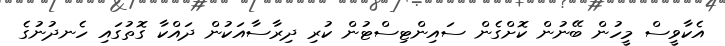
އެކާވީސް މީހުން ބޭނުން ކޮށްގެން ސައިންޓިސްޓުން ކުރި ދިރާސާއަކުން ދައްކާ ގޮތުގައި ހެނދުނުގެ